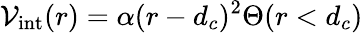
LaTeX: \mathcal{V}_{\mathrm{int}}(r)=\alpha(r-d_{c})^{2}\Theta(r<d_{c})